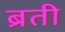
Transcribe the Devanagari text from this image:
ब्रती